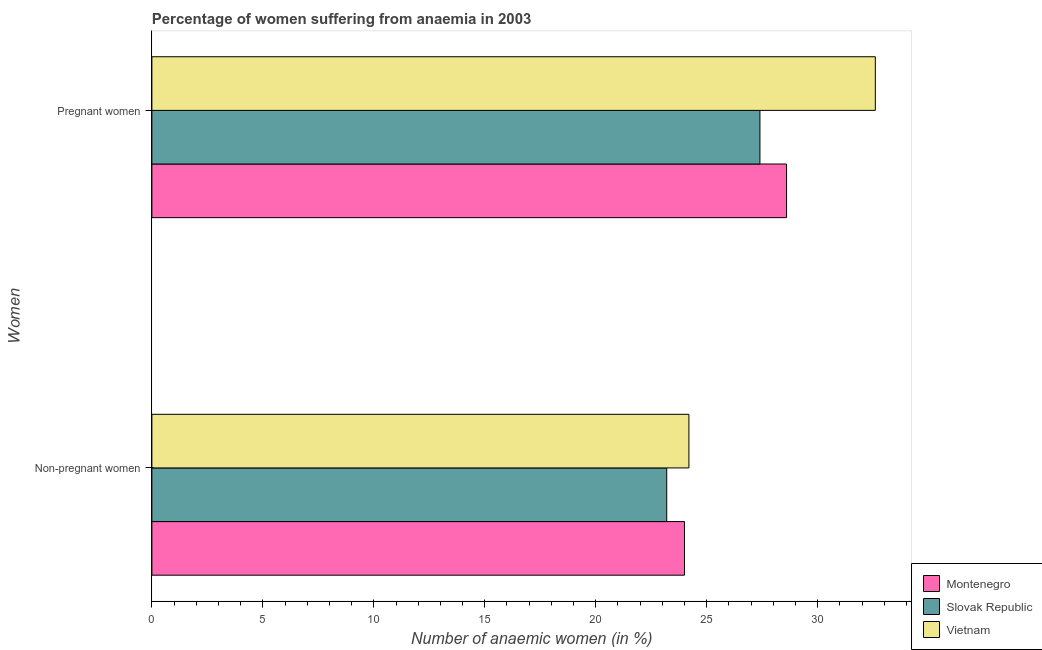
| Women | Montenegro | Slovak Republic | Vietnam |
 | --- | --- | --- | --- |
 | Non-pregnant women | 24 | 23.2 | 24.2 |
 | Pregnant women | 28.6 | 27.4 | 32.6 |